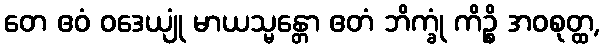
တေ ဧဝံ ဝဒေယျုံ မာယသ္မန္တော ဧတံ ဘိက္ခုံ ကိဉ္စိ အဝစုတ္ထ,